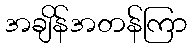
အချိန်အတန်ကြာ